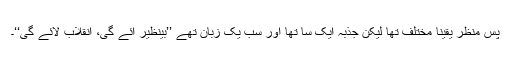
پسِ منظر یقیناً مختلف تھا لیکن جذبہ ایک سا تھا اور سب یک زبان تھے ’’بینظیر آئے گی، انقلاب لائے گی‘‘۔